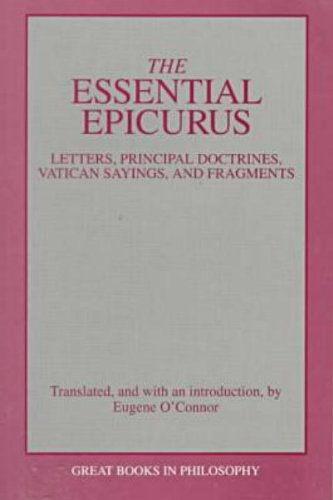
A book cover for The Essential Epicurus (Great Books in Philosophy); Epicurus; Politics & Social Sciences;